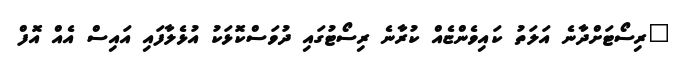
"ރިސޯޓަށްދާނެ އަލަތު ކައިވެންޏެއް ކުރާނެ ރިސޯޓުގައި ދުވަސްކޮޅަކު އުޅެލާފައި އައިސް އެއް އޮފް